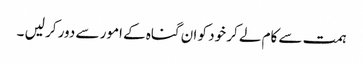
ہمت سے کام لے کر خود کو ان گناہ کے امور سے دور کر لیں ۔